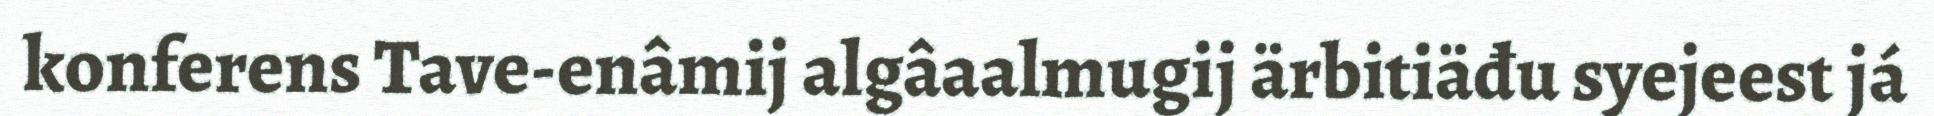
konferens Tave-enâmij algâaalmugij ärbitiäđu syejeest já